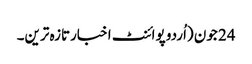
24 جون (اُردو پوائنٹ اخبارتازہ ترین۔